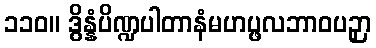
၁၁၀။ ဒွိန္နံပိဏ္ဍပါတာနံမဟပ္ဖလဘာဝပဉှာ